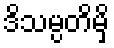
ဒိသမ္ပတိမှိ